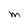
Character: M